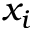
x _ { i }